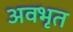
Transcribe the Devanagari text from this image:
अवभृत